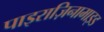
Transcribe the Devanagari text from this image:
पाइराज़िनामाइड